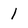
Character: l